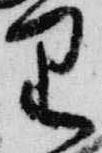
里